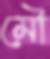
মৌ